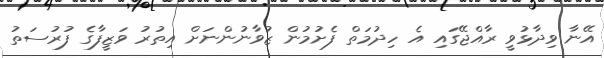
އޭނާ ވިދާޅުވީ ރާއްޖޭގައި އެ ހިދުމަތް ފެށުމުން ޒުވާނުންނަށް އިތުރު ވަޒީފާގެ ފުރުސަތު